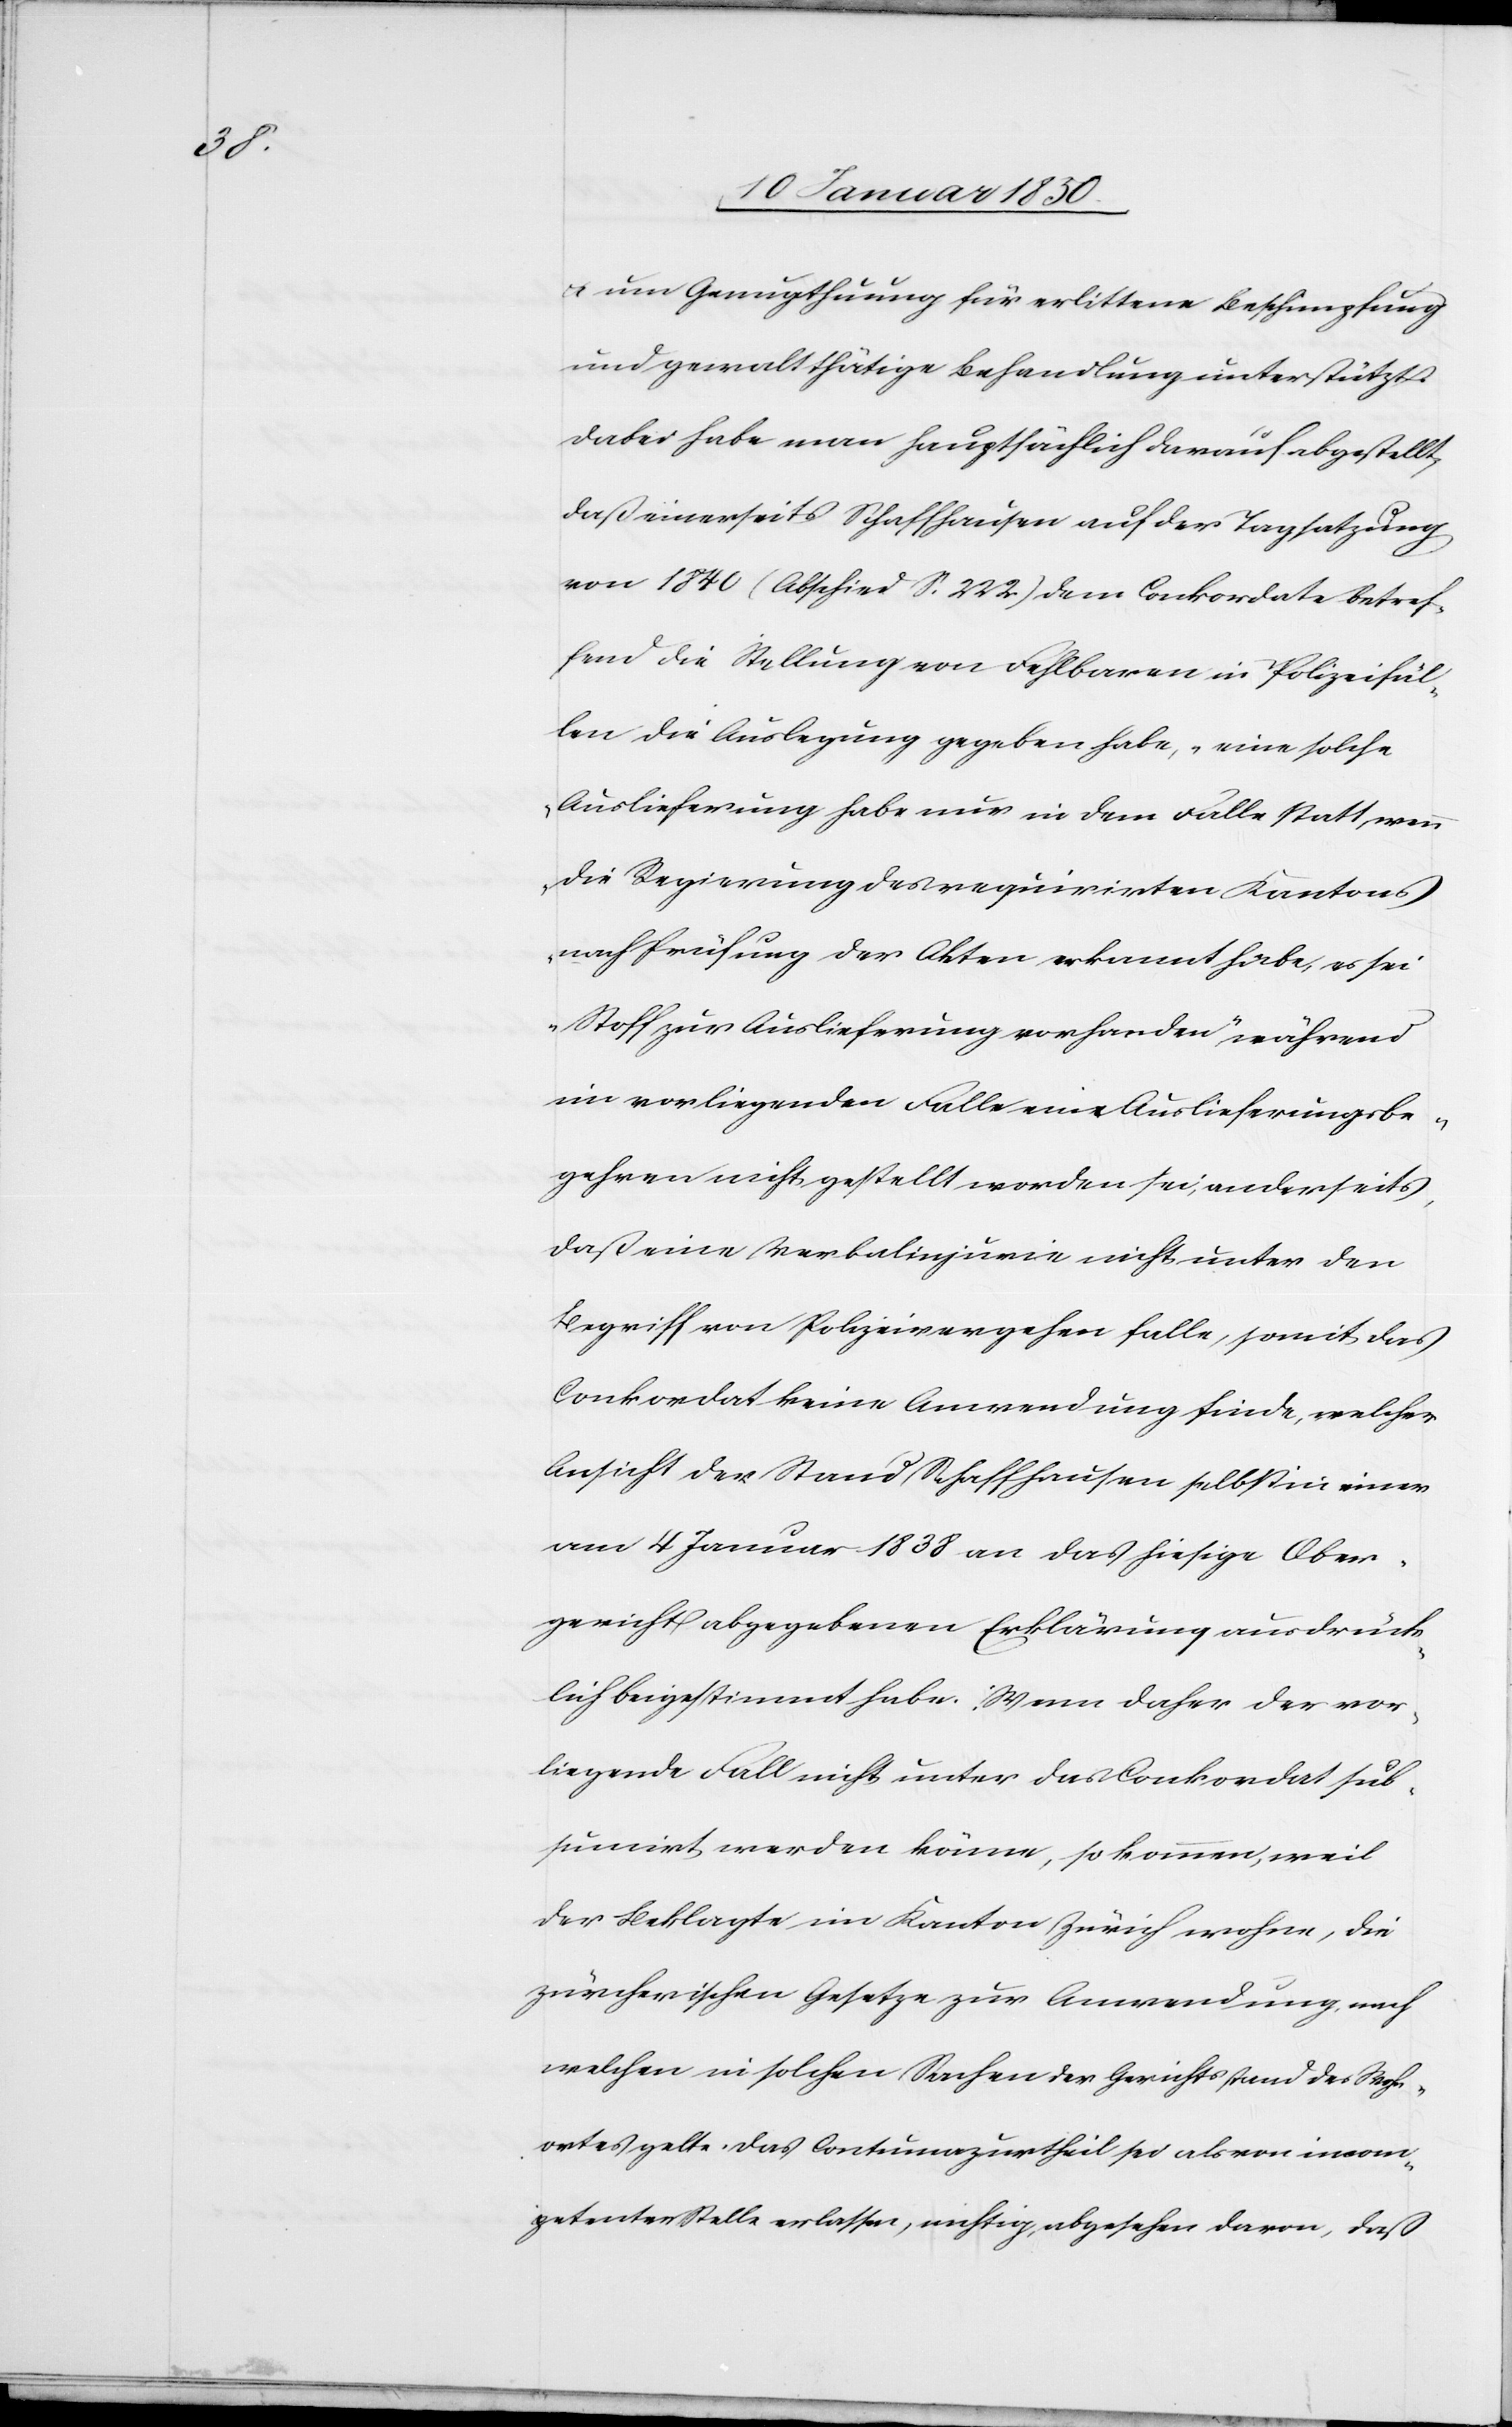
u. um Genugthuung für erlittene Beschimpfung
und gewaltthätige Behandlung unterstützt.
Dabei habe man Hauptsächlich darauf abgestellt,
daß einerseits Schaffhausen auf der Tagsatzung
von 1840 (Abschied S. 222.) dem Conkordate betref¬
fend die Stellung von Fehlbaren in Polizeifäl¬
len die Auslegung gegeben habe, „eine solche
Auslieferung habe nur in dem Falle Statt, wenn
die Regierung des requirirten Kantons
nach Prüfung der Akten erkannt habe, es sei
Stoff zur Auslieferung vorhanden“ während
im vorliegenden Falle ein Auslieferungsbe¬
gehren nicht gestellt worden sei, anderseits,
daß eine Verbalinjurie nicht unter den
Begriff von Polizeivergehen falle, somit das
Conkordat keine Anwendung finde, welcher
Ansicht der Stand Schaffhausen selbst in einer
am 4 Januar 1838 an das hiesige Ober¬
gericht abgegebenen Erklärung ausdrück¬
lich beigestimmt habe. Wenn daher der vor¬
liegende Fall nicht unter das Conkordat sub¬
sumirt werden könne, so kommen, weil
der Beklagte im Kanton Zürich wohne, die
zürcherischen Gesetze zur Anwendung, nach
welchen in solchen Sachen der Gerichtsstand des Wohn¬
ortes gelte. Das Contumazurtheil sei als von incom¬
petenter Stelle erlassen, nichtig, abgesehen davon, daß